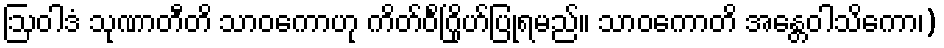
ဩဝါဒံ သုဏာတီတိ သာဝကောဟု ကိတ်ဝိင်္ဂြိုဟ်ပြုရမည်။ သာဝကောတိ အန္တေဝါသိကော၊)